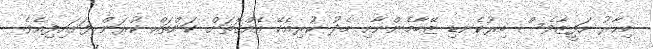
މިހާރު ހަފީޒާވެސް ބިރުކެނޑި ޒޭބާމެންނާއި މެދު ކުރިއެކޭ އެއްގޮތަށް ކަންތައް ކުރަން ފަށައިފިއެވެ.